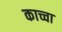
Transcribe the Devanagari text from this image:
काच्चा